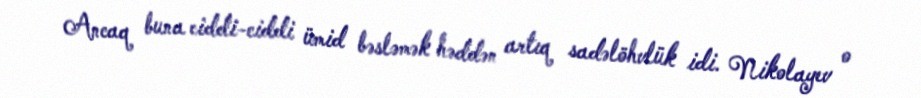
Ancaq buna ciddi-ciddi ümid bəsləmək həddən artıq sadəlöhvlük idi. Nikolayev o